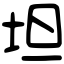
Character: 坦